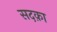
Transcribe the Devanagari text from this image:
सदक़ा